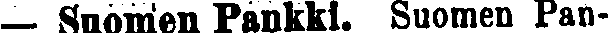
— Suomen Pankki. Suomen Pan-